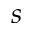
s